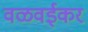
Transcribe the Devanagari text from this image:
वळवईकर